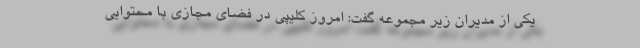
یکی از مدیران زیر مجموعه گفت: امروز کلیپی در فضای مجازی با محتوایی